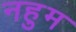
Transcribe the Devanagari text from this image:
नहुम